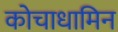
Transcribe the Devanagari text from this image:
कोचाधामिन